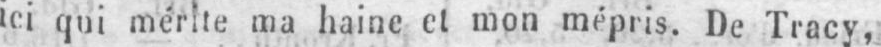
ici qui mérite ma haine et mon mépris. De Tracy,